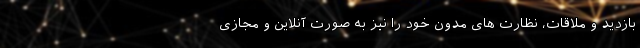
بازدید و ملاقات، نظارت های مدون خود را نیز به صورت آنلاین و مجازی